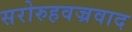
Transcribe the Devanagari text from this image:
सरोरुहवज्रवाद